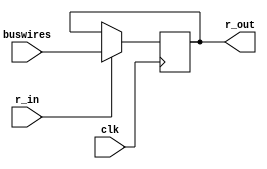
module register(clk, r_in, buswires, r_out);
	// Inputs
	input clk, r_in;
	input [15:0] buswires;
	
	// Outputs
	output [15:0] r_out;
	reg [15:0] r_out;
	
	always @(posedge clk) begin
		if (r_in) begin
			r_out <= buswires;
		end
	end
	
endmodule